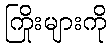
ကြိုးများကို